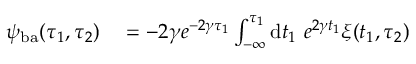
\begin{array} { r l } { \psi _ { \mathrm { b a } } ( \tau _ { 1 } , \tau _ { 2 } ) } & { { } = - 2 \gamma e ^ { - 2 \gamma \tau _ { 1 } } \int _ { - \infty } ^ { \tau _ { 1 } } \mathrm { d } t _ { 1 } ~ e ^ { 2 \gamma t _ { 1 } } \xi ( t _ { 1 } , \tau _ { 2 } ) } \end{array}